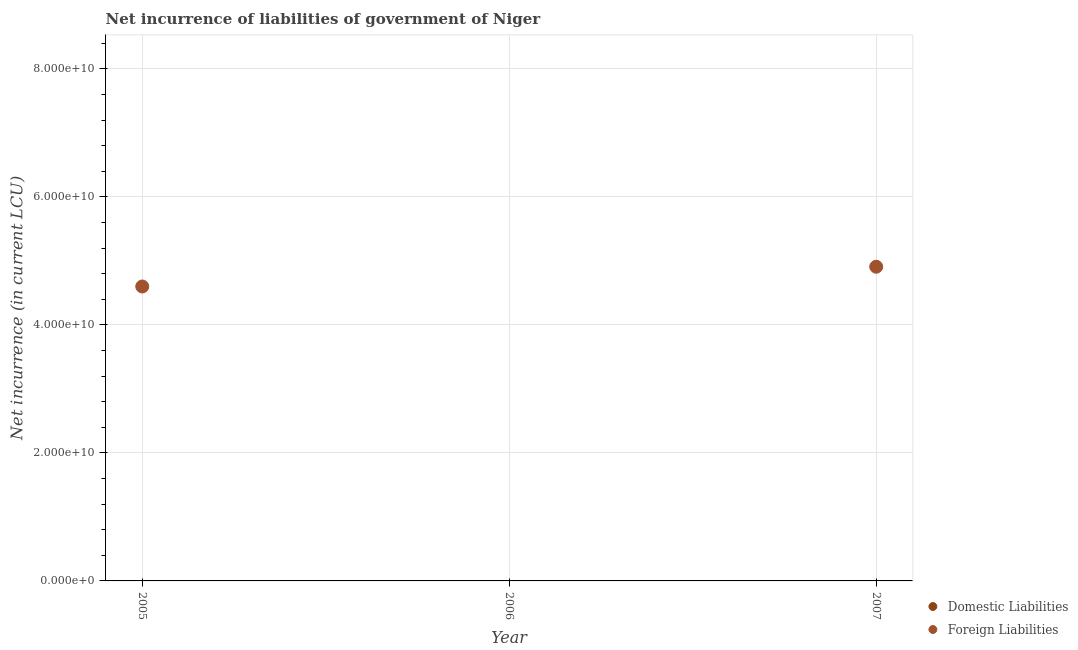
| Year | Domestic Liabilities | Foreign Liabilities |
 | --- | --- | --- |
 | 2005 | -1.09e+10 | 4.6e+10 |
 | 2006 | -8.14e+10 | -6.75e+11 |
 | 2007 | -3.95e+10 | 4.91e+10 |